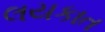
લયકાત